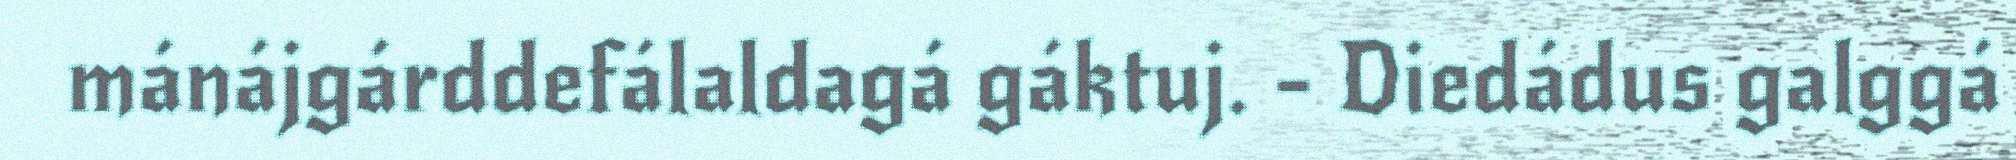
mánájgárddefálaldagá gáktuj. - Diedádus galggá